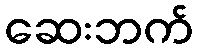
ဆေးဘက်